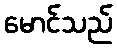
မောင်သည်